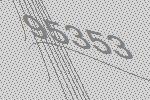
95353